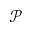
\mathcal { P }